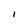
Character: I